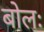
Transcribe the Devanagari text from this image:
बोलः